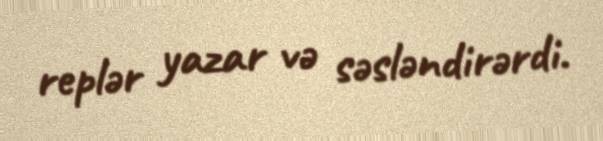
replər yazar və səsləndirərdi.